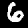
Label: 6